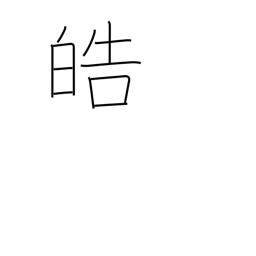
Meaning: white